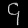
Digit: ၄